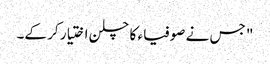
" جس نے صوفیاء کا چلن اختیار کر کے۔